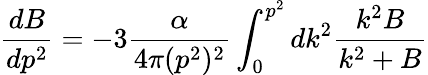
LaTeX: {\frac{dB}{dp^{2}}}=-3{\frac{\alpha}{4\pi(p^{2})^{2}}}\int_{0}^{p^{2}}dk^{2}{\frac{k^{2}B}{k^{2}+B}}